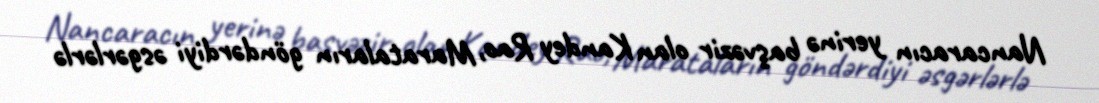
Nancaracın yerinə başvəzir olan Kandey Rao, Marataların göndərdiyi əsgərlərlə